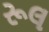
રૂલ